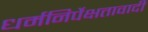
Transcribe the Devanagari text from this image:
धर्मनिर्पेक्षतावादी